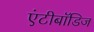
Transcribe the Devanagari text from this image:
एंटीबॉडिज